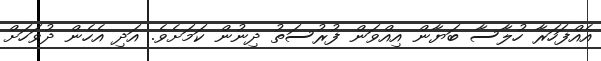
އެއްފަހަރާ ހުލާސާ ބަޔާން އިއްވަން ފުރުސަތު ދިނުން ކަމަށެވެ. އަދި އެހެން ދުވަހަށް